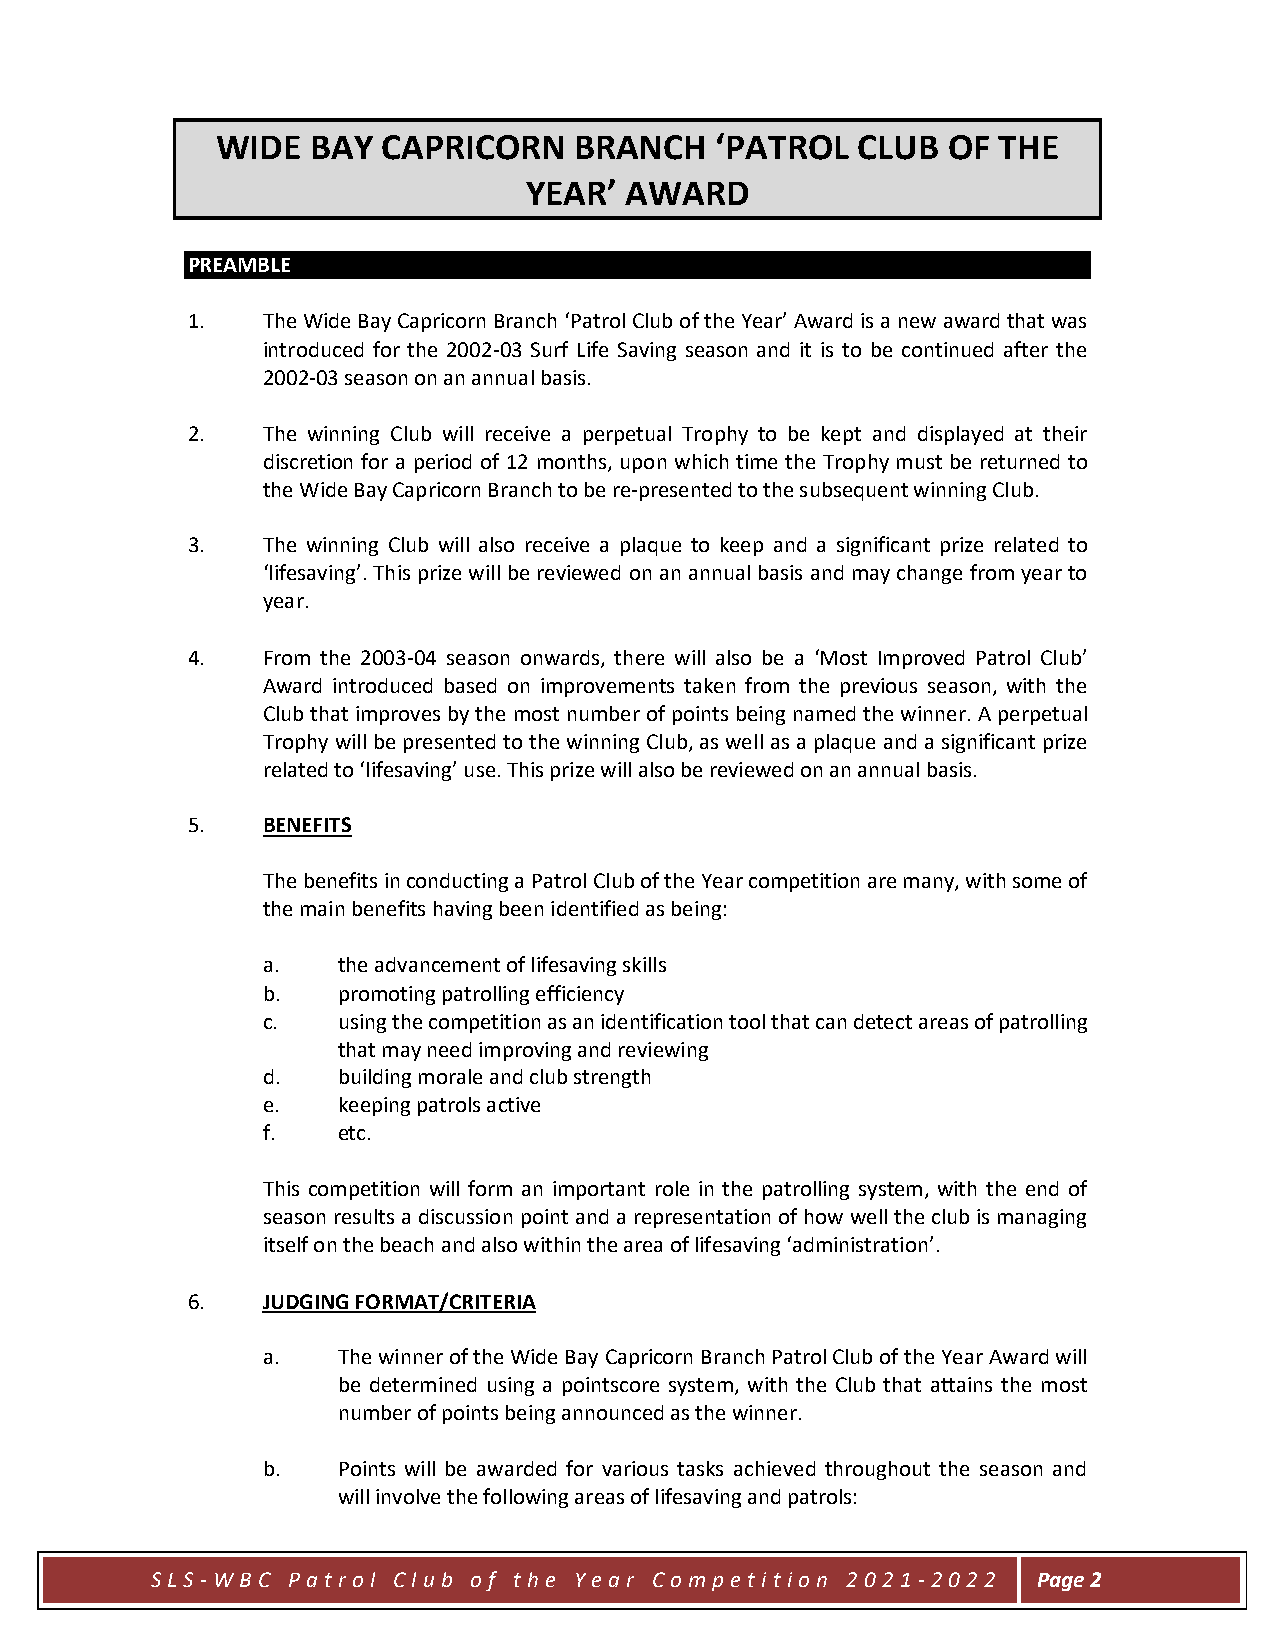
WIDE   BAY CAPRICORN    BRANCH   ‘PATROL   CLUB  OF THE
 YEAR’ AWARD
 PREAMBLE
 1.   The Wide Bay Capricorn Branch ‘Patrol Club of the Year’ Award is a new award that was
 introduced for the 2002-03 Surf Life Saving season and it is to be continued after the
 2002-03 season on an annual basis.
 2.   The winning Club will receive a perpetual Trophy to be kept and displayed at their
 discretion for a period of 12 months, upon which time the Trophy must be returned to
 the Wide Bay Capricorn Branch to be re-presented to the subsequent winning Club.
 3.   The winning Club will also receive a plaque to keep and a significant prize related to
 ‘lifesaving’. This prize will be reviewed on an annual basis and may change from year to
 year.
 4.   From the 2003-04 season onwards, there will also be a ‘Most Improved Patrol Club’
 Award introduced based on improvements taken from the previous season, with the
 Club that improves by the most number of points being named the winner. A perpetual
 Trophy will be presented to the winning Club, as well as a plaque and a significant prize
 related to ‘lifesaving’ use. This prize will also be reviewed on an annual basis.
 5.   BENEFITS
 The benefits in conducting a Patrol Club of the Year competition are many, with some of
 the main benefits having been identified as being:
 a.   the advancement of lifesaving skills
 b.   promoting patrolling efficiency
 c.   using the competition as an identification tool that can detect areas of patrolling
 that may need improving and reviewing
 d.   building morale and club strength
 e.   keeping patrols active
 f.   etc.
 This competition will form an important role in the patrolling system, with the end of
 season results a discussion point and a representation of how well the club is managing
 itself on the beach and also within the area of lifesaving ‘administration’.
 6.   JUDGING FORMAT/CRITERIA
 a.   The winner of the Wide Bay Capricorn Branch Patrol Club of the Year Award will
 be determined using a pointscore system, with the Club that attains the most
 number of points being announced as the winner.
 b.   Points will be awarded for various tasks achieved throughout the season and
 will involve the following areas of lifesaving and patrols:
 S LS -W BC P atr ol C lub of t he Y ear Com pet it ion 202 1 -2 02 2 Page 2